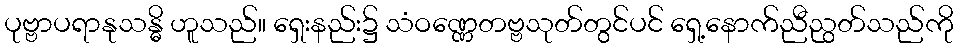
ပုဗ္ဗာပရာနုသန္ဓိ ဟူသည်။ ရှေးနည်း၌ သံဝဏ္ဏေတဗ္ဗသုတ်တွင်ပင် ရှေ့နောက်ညီညွတ်သည်ကို